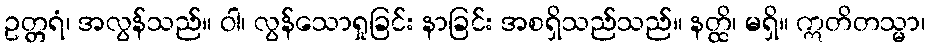
ဥတ္တရံ၊ အလွန်သည်။ ဝါ၊ လွန်သောရှုခြင်း နာခြင်း အစရှိသည်သည်။ နတ္ထိ၊ မရှိ။ ဣတိတသ္မာ၊